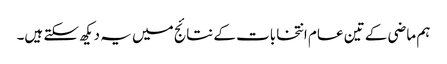
ہم ماضی کے تین عام انتخابات کے نتائج میں یہ دیکھ سکتے ہیں۔